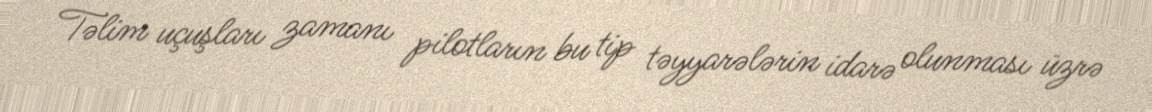
Təlim uçuşları zamanı pilotların bu tip təyyarələrin idarə olunması üzrə